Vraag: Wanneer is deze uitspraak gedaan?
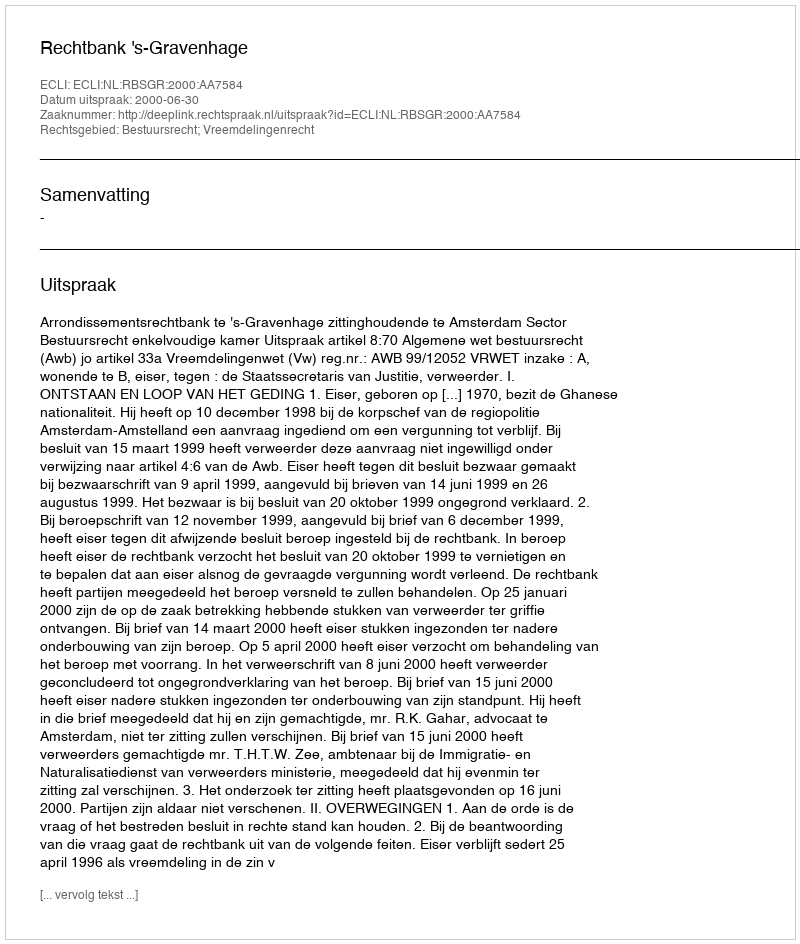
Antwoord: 2000-06-30